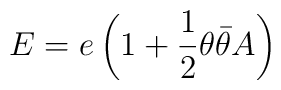
E = e \left( 1 + \frac12 \theta\bar\theta A \right)